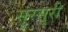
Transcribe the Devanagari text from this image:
सुरसुरी